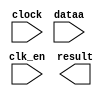
module fp_convert (
	clk_en,
	clock,
	dataa,
	result)/* synthesis synthesis_clearbox = 1 */;

	input	  clk_en;
	input	  clock;
	input	[63:0]  dataa;
	output	[31:0]  result;

endmodule